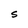
Character: S